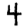
Digit: 4